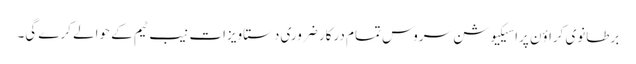
برطانوی کراؤن پراسیکیوشن سروس تمام درکار ضروری دستاویزات نیب ٹیم کے حوالے کرے گی۔